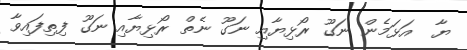
ޔާ  އަޅަމެން ނަގޫ ރޯޅިޔާއި ނަގޫ ނެތް ރޯޅިޔާއި ނަގޫ ފިތިފައިވާ